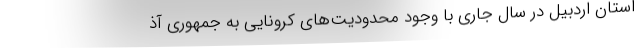
استان اردبیل در سال جاری با وجود محدودیت‌های کرونایی به جمهوری آذ